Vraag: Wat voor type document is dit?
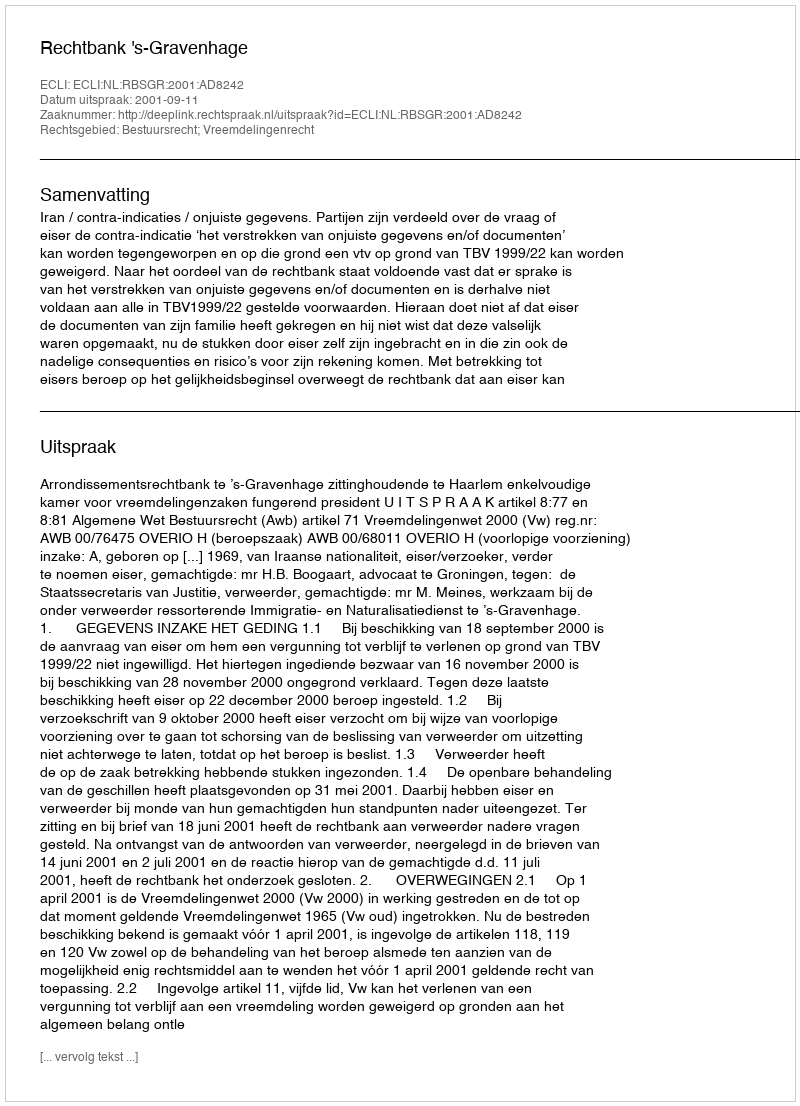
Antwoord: Uitspraak